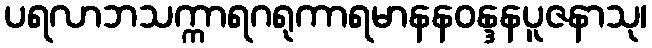
ပရလာဘသက္ကာရဂရုကာရမာနနဝန္ဒနပူဇနာသု၊